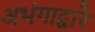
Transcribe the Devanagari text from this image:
अभंगाद्वारे